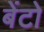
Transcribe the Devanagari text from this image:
बेंटो